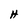
Character: H